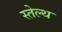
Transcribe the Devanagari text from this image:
स्तेल्थ